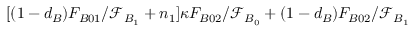
[ ( 1 - d _ { B } ) F _ { B 0 1 } / \mathcal { F } _ { B _ { 1 } } + n _ { 1 } ] \kappa F _ { B 0 2 } / \mathcal { F } _ { B _ { 0 } } + ( 1 - d _ { B } ) F _ { B 0 2 } / \mathcal { F } _ { B _ { 1 } }